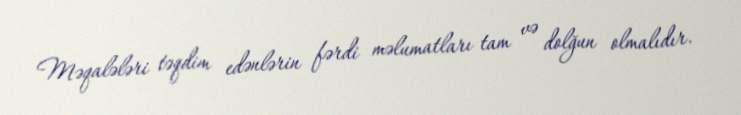
Məqalələri təqdim edənlərin fərdi məlumatları tam və dolğun olmalıdır.